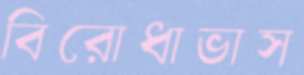
বিরোধাভাস